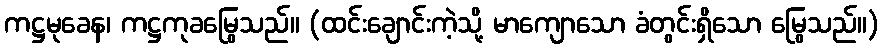
ကဋ္ဌမုခေန၊ ကဋ္ဌကုခမြွေသည်။ (ထင်းချောင်းကဲ့သို့ မာကျောသော ခံတွင်းရှိသော မြွေသည်။)